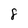
Character: 8